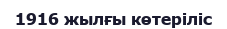
1916 жылғы көтеріліс